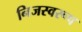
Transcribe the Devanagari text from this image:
निजस्वरूप